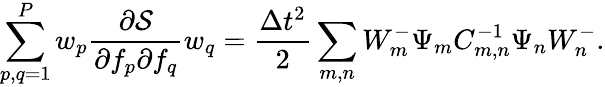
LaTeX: \sum_{p,q=1}^{P}w_{p}\frac{\partial\mathcal{S}}{\partial f_{p}\partial f_{q}}w_{q}=\frac{\Delta t^{2}}{2}\sum_{m,n}W_{m}^{-}\Psi_{m}C_{m,n}^{-1}\Psi_{n}W_{n}^{-}.